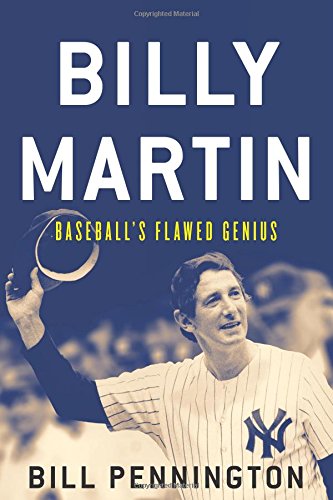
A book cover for Billy Martin: Baseball's Flawed Genius; Bill Pennington; Biographies & Memoirs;